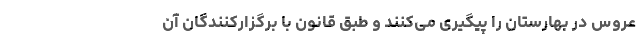
عروس در بهارستان را پیگیری می‌کنند و طبق قانون با برگزارکنندگان آن